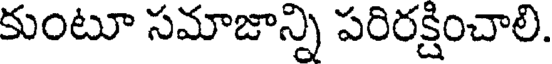
కుంటూ సమాజాన్ని పరిరక్షించాలి.